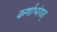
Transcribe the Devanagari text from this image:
कर्णाभ्यंगात्‌